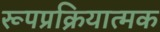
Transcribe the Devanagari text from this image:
रूपप्रक्रियात्मक